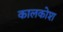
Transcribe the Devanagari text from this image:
कालकोश